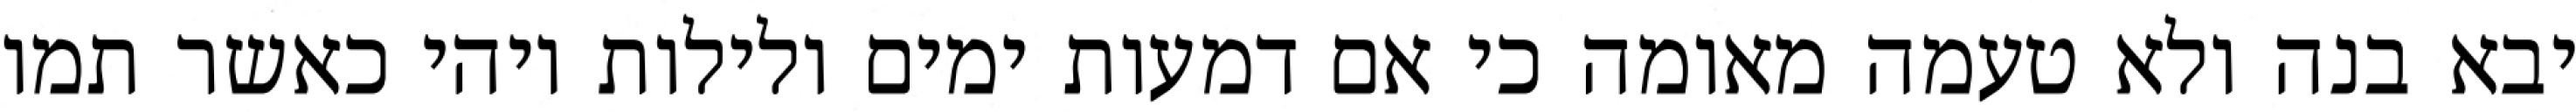
יבא בנה ולא טעמה מאומה כי אם דמעות ימים ולילות ויהי כאשר תמו